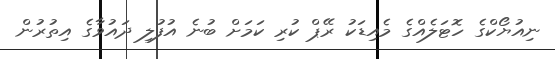
ނިއުޔޯކްގެ ހޮޓަލެއްގެ މެއިޑަކު ރޭޕް ކުރި ކަމަށް ބުނެ އުފުލި ދައުވާގެ އިތުރުން